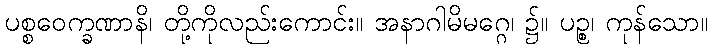
ပစ္စဝေက္ခဏာနိ၊ တို့ကိုလည်းကောင်း။ အနာဂါမိမဂ္ဂေ၊ ၌။ ပဉ္စ၊ ကုန်သော။